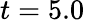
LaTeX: t=5.0